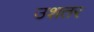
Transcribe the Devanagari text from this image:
उशतर